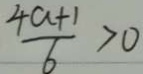
\frac { 4 a + 1 } { 6 } > 0